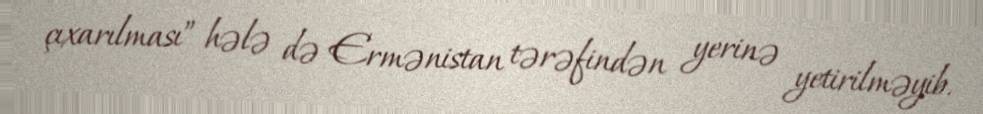
çıxarılması” hələ də Ermənistan tərəfindən yerinə yetirilməyib.